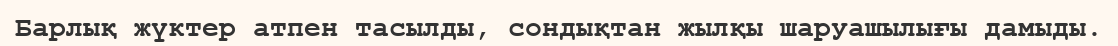
Барлық жүктер атпен тасылды, сондықтан жылқы шаруашылығы дамыды.